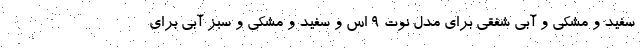
سفید و مشکی و آبی شفقی برای مدل نوت 9 اس و سفید و مشکی و سبز آبی برای